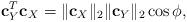
LaTeX: \begin{align*}\mathbf{c}_Y^T\mathbf{c}_X=\|\mathbf{c}_X \|_2\|\mathbf{c}_Y \|_2\cos \phi, \end{align*}